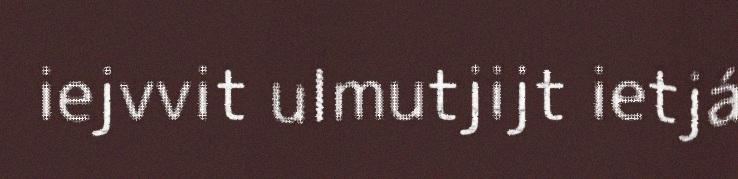
iejvvit ulmutjijt ietjá